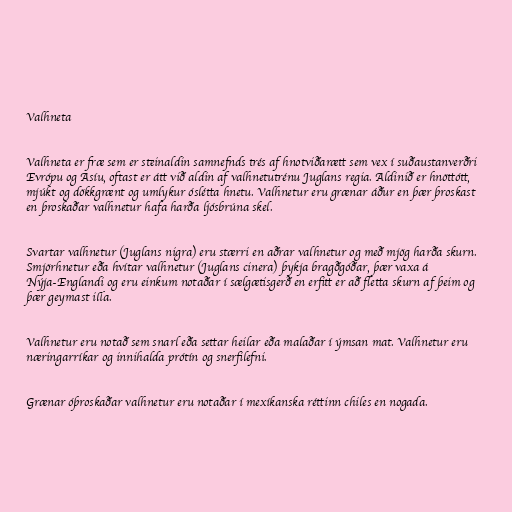
Valhneta

Valhneta er fræ sem er steinaldin samnefnds trés af hnotviðarætt sem vex í suðaustanverðri
Evrópu og Asíu, oftast er átt við aldin af valhnetutrénu Juglans regia. Aldinið er hnöttótt,
mjúkt og dökkgrænt og umlykur óslétta hnetu. Valhnetur eru grænar áður en þær þroskast
en þroskaðar valhnetur hafa harða ljósbrúna skel.

Svartar valhnetur (Juglans nigra) eru stærri en aðrar valhnetur og með mjög harða skurn.
Smjörhnetur eða hvítar valhnetur (Juglans cinera) þykja bragðgóðar, þær vaxa á
Nýja-Englandi og eru einkum notaðar í sælgætisgerð en erfitt er að fletta skurn af þeim og
þær geymast illa.

Valhnetur eru notað sem snarl eða settar heilar eða malaðar í ýmsan mat. Valhnetur eru
næringarríkar og innihalda prótín og snerfilefni.

Grænar óþroskaðar valhnetur eru notaðar í mexíkanska réttinn chiles en nogada.